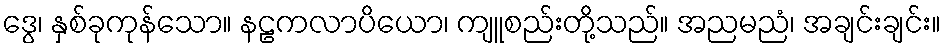
ဒွေ၊ နှစ်ခုကုန်သော။ နဠကလာပိယော၊ ကျူစည်းတို့သည်။ အညမညံ၊ အချင်းချင်း။